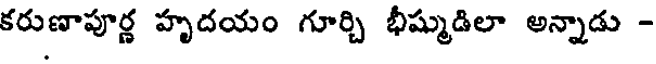
కరుణాపూర్ణ హృదయం గూర్చి భీష్ముడిలా అన్నాడు -